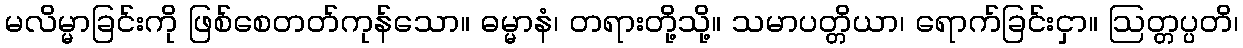
မလိမ္မာခြင်းကို ဖြစ်စေတတ်ကုန်သော။ ဓမ္မာနံ၊ တရားတို့သို့။ သမာပတ္တိယာ၊ ရောက်ခြင်းငှာ။ ဩတ္တပ္ပတိ၊